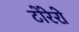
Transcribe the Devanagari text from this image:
टोरेरो